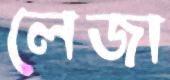
লেজা